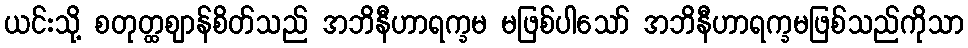
ယင်းသို့ စတုတ္ထဈာန်စိတ်သည် အဘိနီဟာရက္ခမ မဖြစ်ပါသော် အဘိနီဟာရက္ခမဖြစ်သည်ကိုသာ